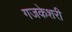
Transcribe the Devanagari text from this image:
गजकेशरी